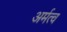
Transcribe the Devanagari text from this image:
अर्मत्व